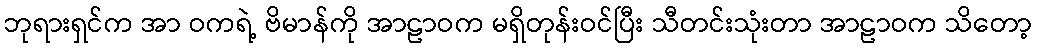
ဘုရားရှင်က အာ ဝကရဲ့ ဗိမာန်ကို အာဠာဝက မရှိတုန်းဝင်ပြီး သီတင်းသုံးတာ အာဠာဝက သိတော့